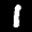
Label: 1